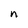
Character: n